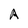
Character: A